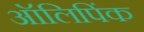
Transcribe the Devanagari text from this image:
ऑलिपिंक